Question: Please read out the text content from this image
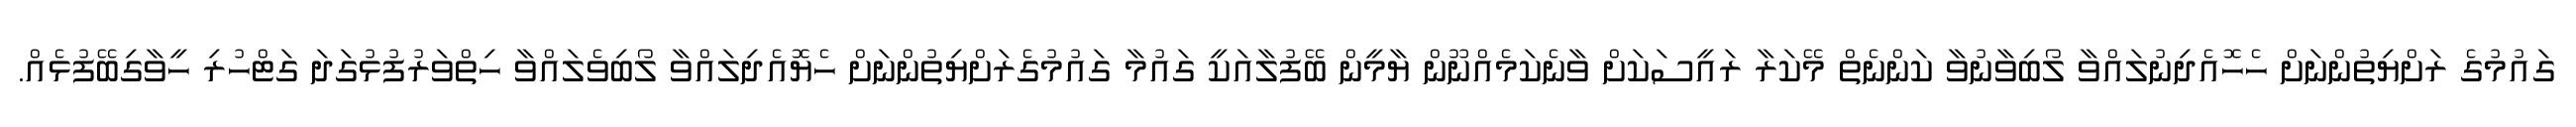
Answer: ގައުމުގެ ރަށްޔިތުންނަށް ހެހޮއެދިނުލައްވާ ލޯބިވާނުވާ ކަންނެތް މޭކަރާ ރައީސަކަށް ވާނެކަމެއްނޫން ޔާމީން ބޭފުލާއަކީ ގައުމާ ގައުމުގެރަށްޔިތުންނަށް ހެޔޮއެދިލައްވާ ލޯބިވެލައްވާ ހިތްވަރުފުޅުގަދަ ގަޓްހުރި ހީވާގިބޭފުޅެއް.